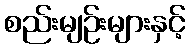
စည်းမျဉ်းများနှင့်